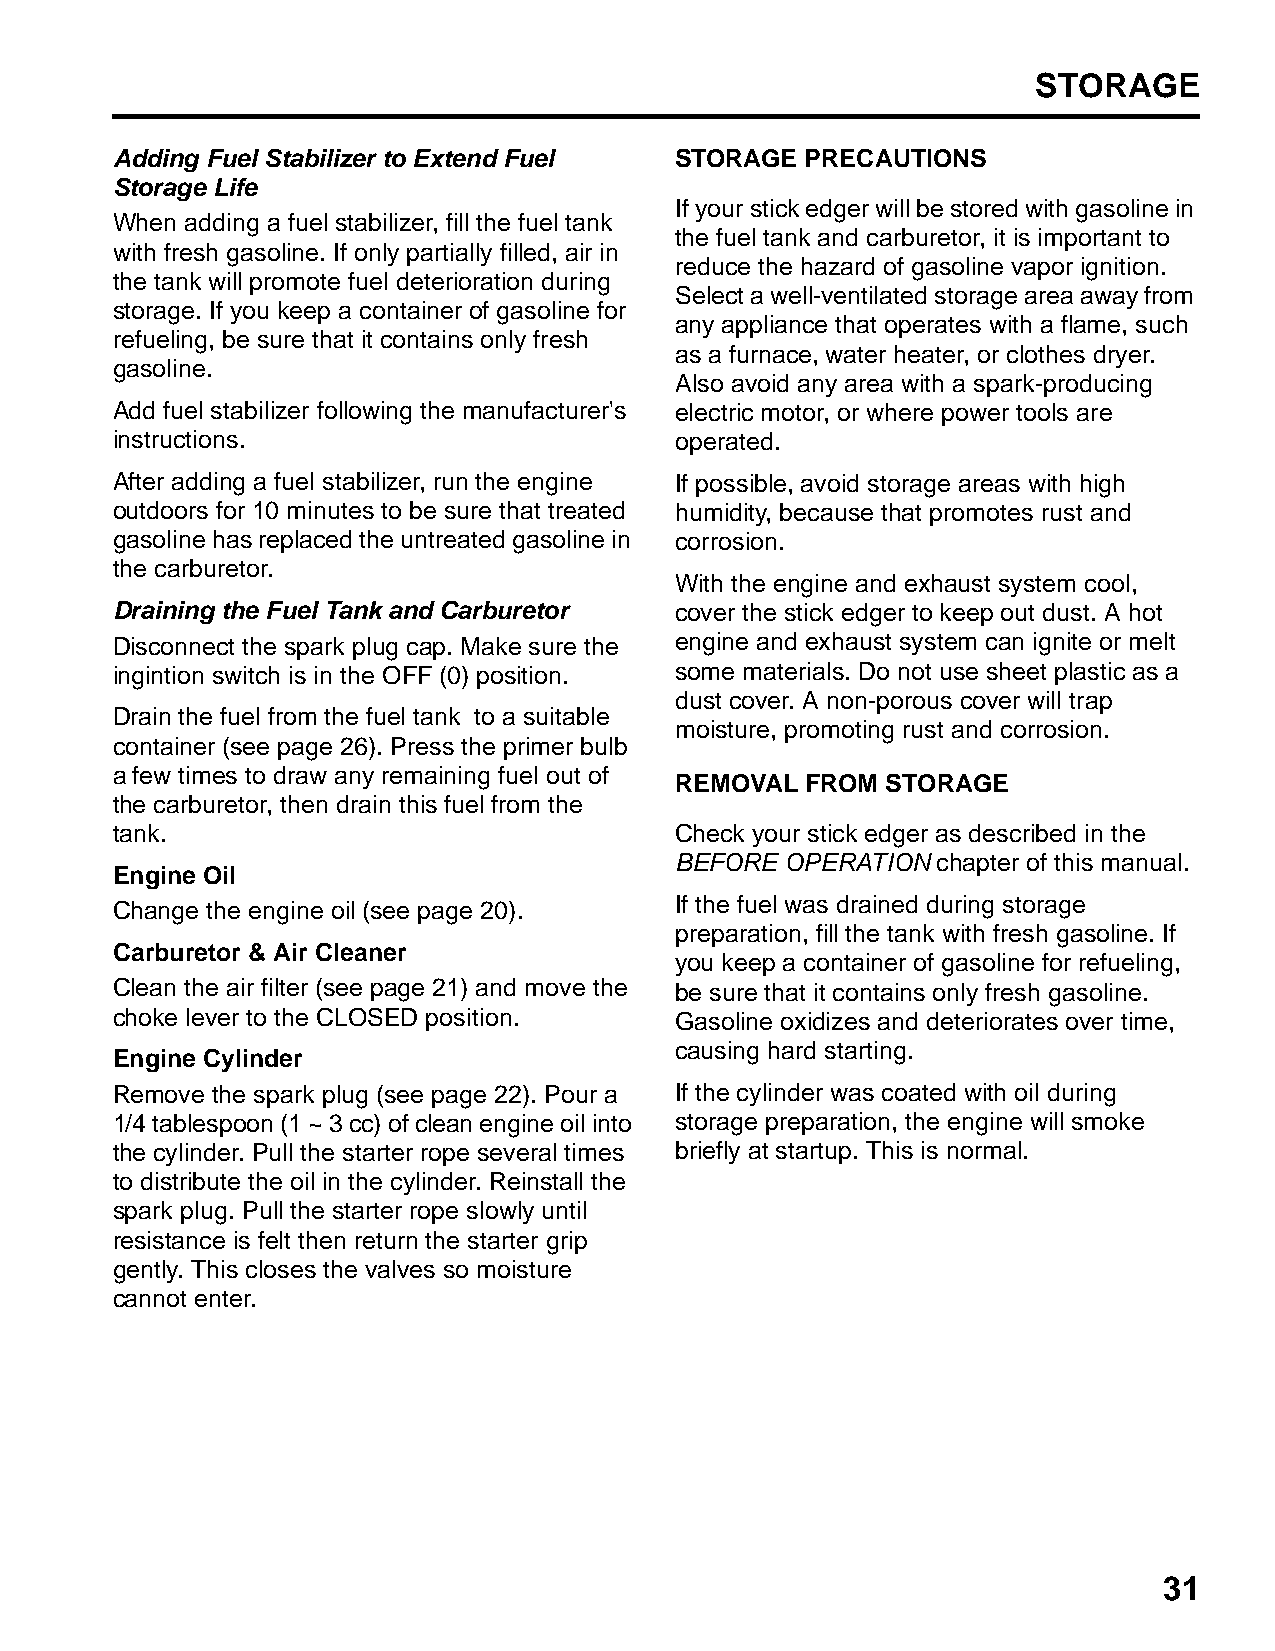
STORAGE
 Adding Fuel Stabilizer to Extend Fuel STORAGE PRECAUTIONS
 Storage Life
 If your stick edger will be stored with gasoline in
 When adding a fuel stabilizer, fill the fuel tank
 the fuel tank and carburetor, it is important to
 with fresh gasoline. If only partially filled, air in
 reduce the hazard of gasoline vapor ignition.
 the tank will promote fuel deterioration during
 Select a well-ventilated storage area away from
 storage. If you keep a container of gasoline for
 any appliance that operates with a flame, such
 refueling, be sure that it contains only fresh
 as a furnace, water heater, or clothes dryer.
 gasoline.
 Also avoid any area with a spark-producing
 Add fuel stabilizer following the manufacturer's electric motor, or where power tools are
 instructions.                         operated.
 After adding a fuel stabilizer, run the engine If possible, avoid storage areas with high
 outdoors for 10 minutes to be sure that treated humidity, because that promotes rust and
 gasoline has replaced the untreated gasoline in corrosion.
 the carburetor.
 With the engine and exhaust system cool,
 Draining the Fuel Tank and Carburetor cover the stick edger to keep out dust. A hot
 Disconnect the spark plug cap. Make sure the engine and exhaust system can ignite or melt
 ingintion switch is in the OFF (0) position. some materials. Do not use sheet plastic as a
 dust cover. A non-porous cover will trap
 Drain the fuel from the fuel tank to a suitable
 moisture, promoting rust and corrosion.
 container (see page 26). Press the primer bulb
 a few times to draw any remaining fuel out of
 REMOVAL FROM  STORAGE
 the carburetor, then drain this fuel from the
 tank.                                 Check your stick edger as described in the
 BEFORE OPERATION chapter of this manual.
 Engine Oil
 Change the engine oil (see page 20).  If the fuel was drained during storage
 preparation, fill the tank with fresh gasoline. If
 Carburetor & Air Cleaner
 you keep a container of gasoline for refueling,
 Clean the air filter (see page 21) and move the be sure that it contains only fresh gasoline.
 choke lever to the CLOSED position.   Gasoline oxidizes and deteriorates over time,
 causing hard starting.
 Engine Cylinder
 Remove the spark plug (see page 22). Pour a If the cylinder was coated with oil during
 1/4 tablespoon (1 ~ 3 cc) of clean engine oil into storage preparation, the engine will smoke
 the cylinder. Pull the starter rope several times briefly at startup. This is normal.
 to distribute the oil in the cylinder. Reinstall the
 spark plug. Pull the starter rope slowly until
 resistance is felt then return the starter grip
 gently. This closes the valves so moisture
 cannot enter.
 31